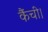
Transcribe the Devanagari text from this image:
कैंची।